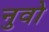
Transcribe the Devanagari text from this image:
नुवो